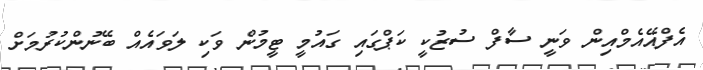
އެފްއޭއެމްއިން ވަނީ ސާފް ސުޒުކީ ކަޕްގައި ގައުމީ ޓީމުން ވަކި ލަވައެއް ބޭނުންކުރުމަށް